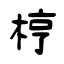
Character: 梈